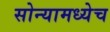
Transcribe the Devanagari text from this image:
सोन्यामध्येच